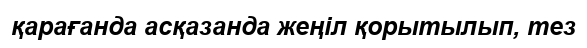
қарағанда асқазанда жеңіл қорытылып, тез